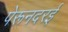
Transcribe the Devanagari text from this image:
पेरूनदरई